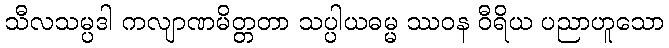
သီလသမ္ပဒါ ကလျာဏမိတ္တတာ သပ္ပါယဓမ္မ ဿဝန ဝီရိယ ပညာဟူသော